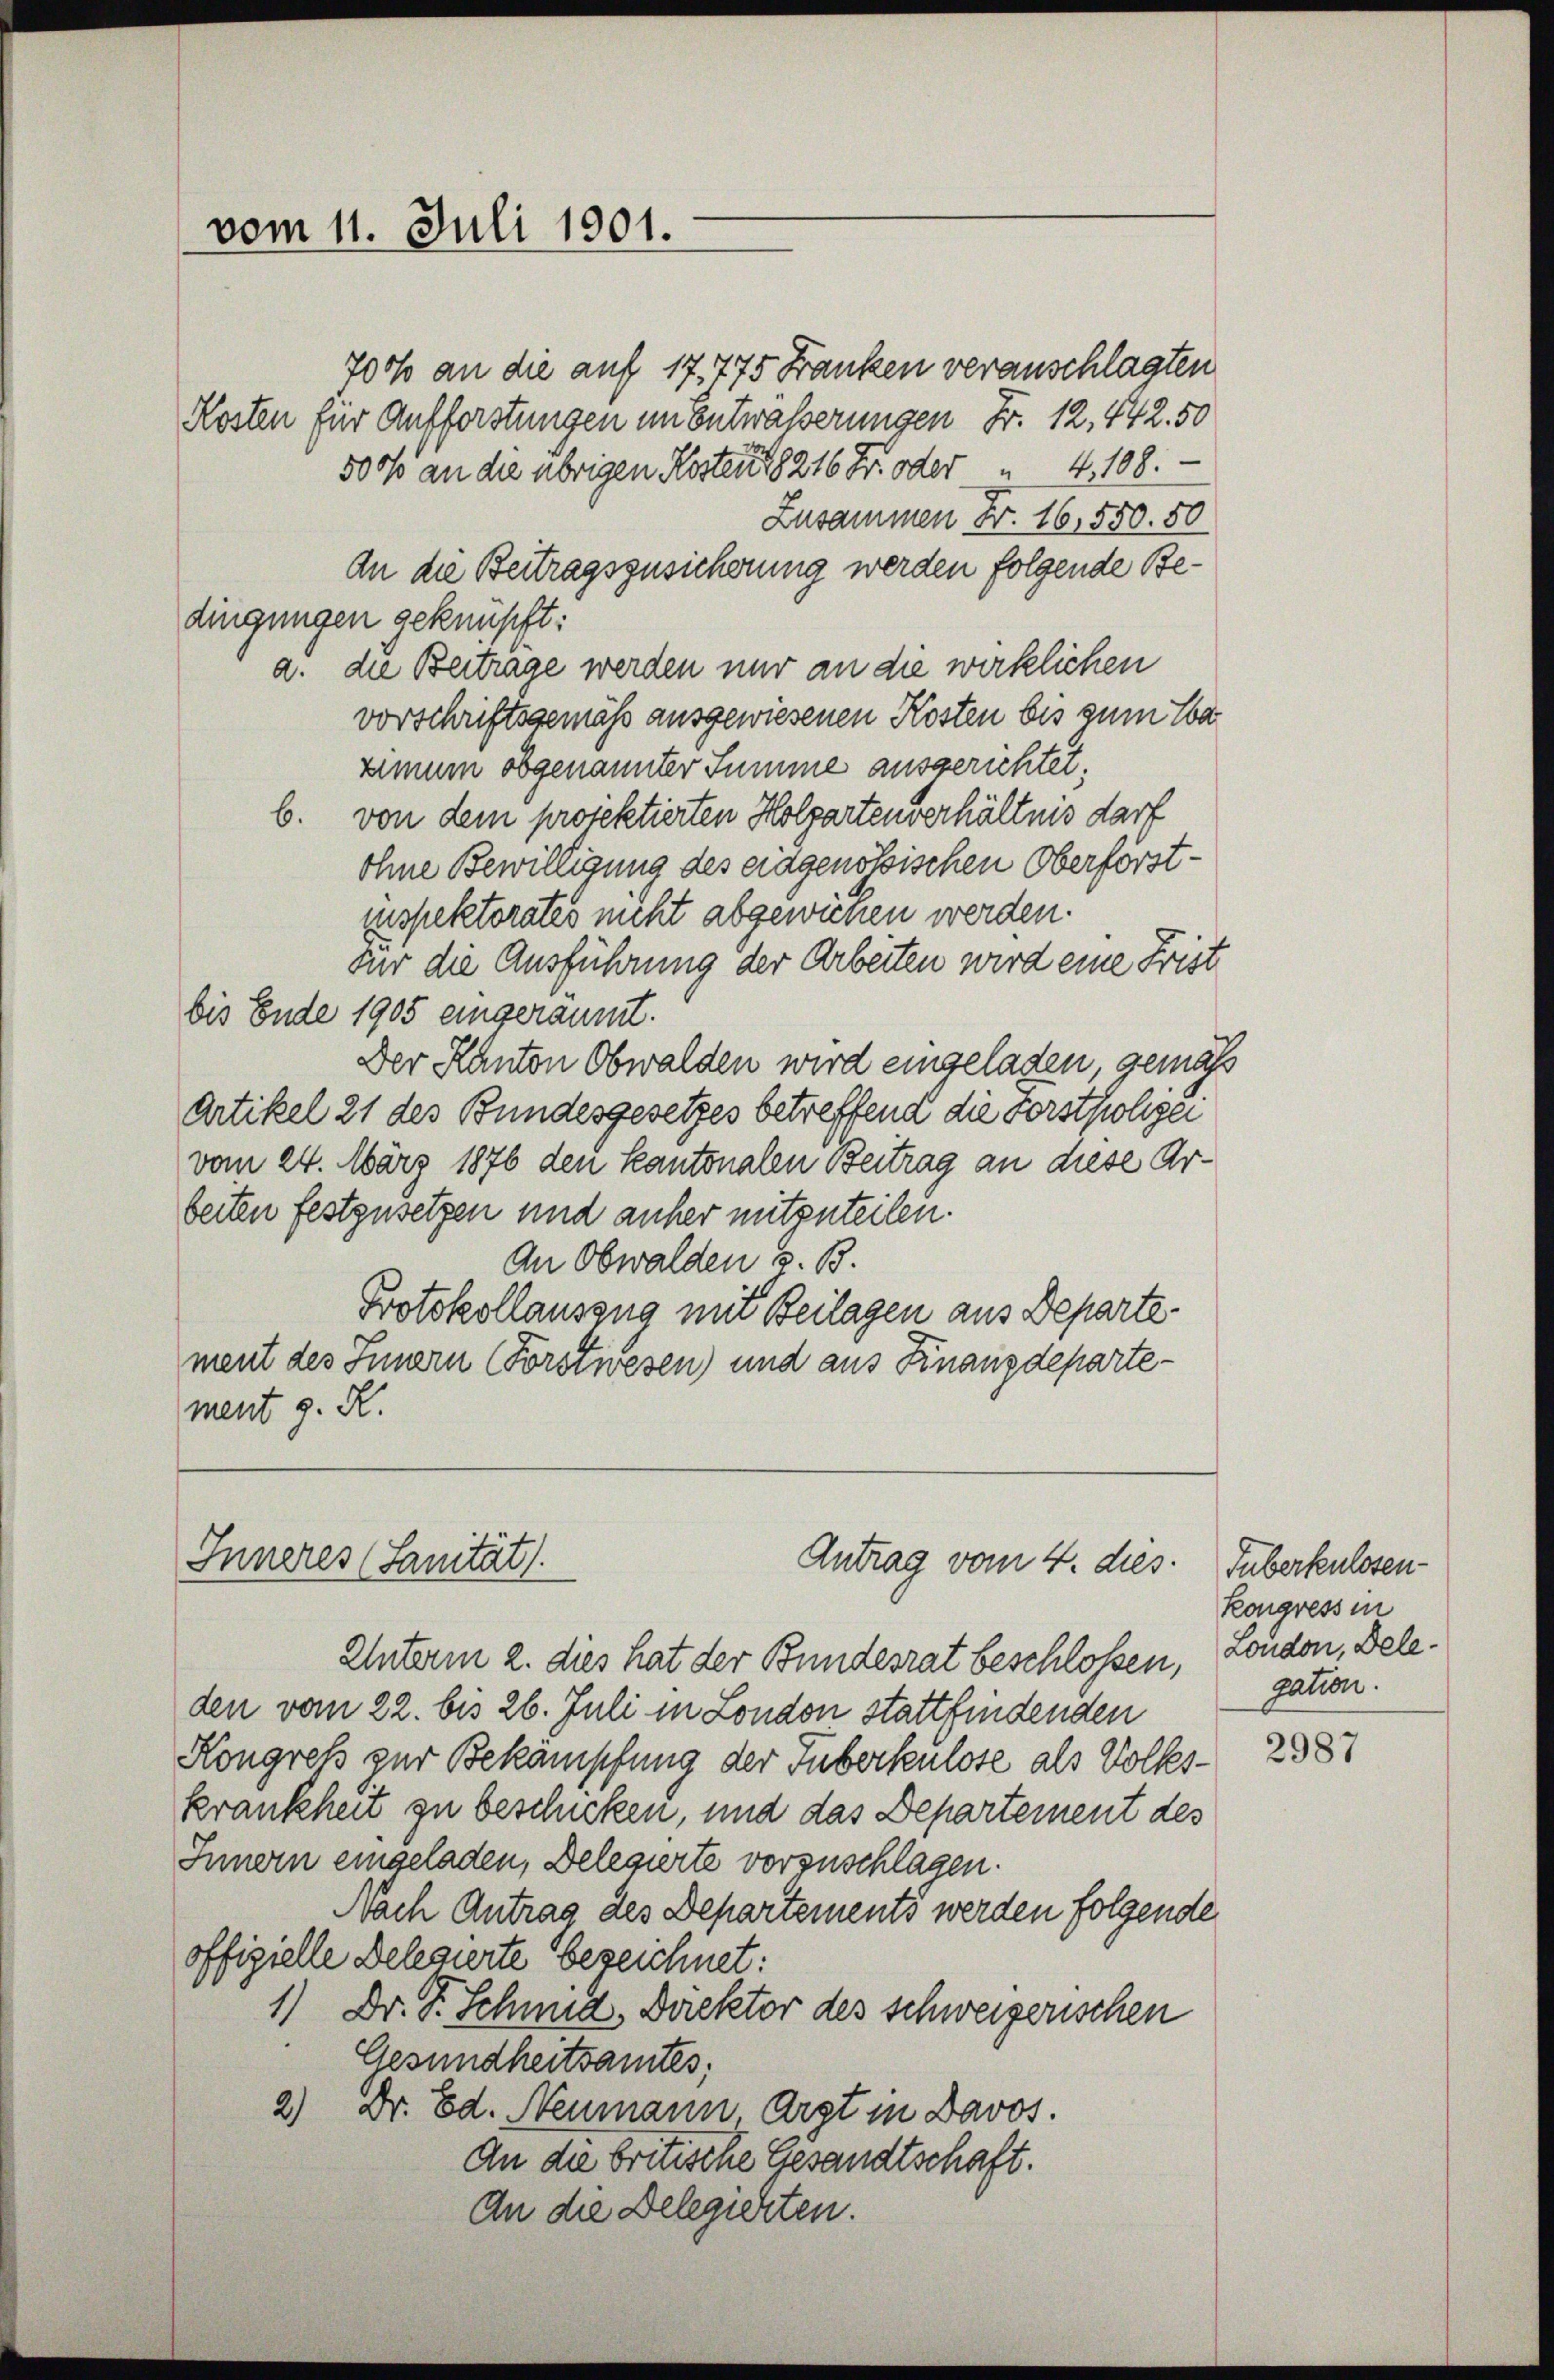
vom 11. Juli 1901.
Kosten für Aufforstungen im Entwässerungen Fr. 12. 442. 50

Inneres (Sanität.

700 an die auf 17,775 Franken veranschlagten
5000 an die übrigen Kosten 18216 Fr. oder " 4, 108. —
Zusammen Fr. 16,550. 50
An die Beitragszusicherung werden folgende Bedingungen geknüpft:
a. die Beitrage werden nur an die wirklichen
vorschriftsgemäß ausgewiesenen Kosten bis zum Ta
ximum obgenannter Summe ausgerichtet:
b. von dem projektierten Holzartenverhältnis darf
ohne Bewilligung des eidgenössischen Oberförstinspektorates nicht abgewichen werden.
Für die Ausführung der Arbeiten wird eine Frist
bis Ende 1905 eingeräumt.
Der Kanton Obwalden wird eingeladen, gemäß
Artikel 21 des Bundesgesetzes betreffend die Forstpolizei
vom 24. März 1876 den kantonalen Beitrag an diese Arbeiten festzusetzen und anher mitzuteilen.
An Obwalden z. B.
Protokollauszug mit Beilagen aus Departement des Innern (Forstwesen) und aus Finanzdepartement g. R.

Antrag vom 4. dies

Unterm 2. dies hat der Bundesrat beschlossen, sondon, Beleden vom 22. bis 26. Juli in London stattfindenden
Kongreß zur Bekämpfung der Tuberkenlose als Volks-
krankheit zu beschicken, und das Departement des
Innern eingeladen, Delegierte vorzuschlagen.
Nach Antrag des Departements werden folgende
offizielle Delegierte bezeichnet:
1) Dr. S. Schmid, Direktor des schweizerischen
Gesundheitsamtes;
2) Dr. Ed. Neumann, Argt in Davos.
An die britische Gesandtschaft.
An die Delegierten.

Guberkulosen-
kongressin
gation.

2987